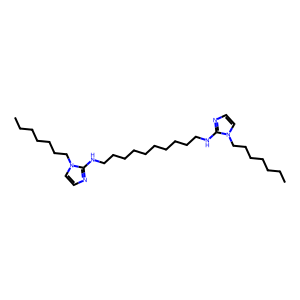
SMILES: CCCCCCCn1ccnc1NCCCCCCCCCCNc1nccn1CCCCCCC
Inhibits HIV replication: No